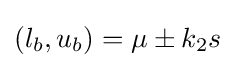
(l_{b},u_{b})=\mu \pm k_{2}s